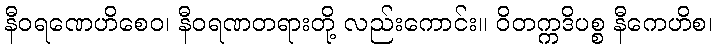
နီဝရဏေဟိစေဝ၊ နီဝရဏတရားတို့ လည်းကောင်း။ ဝိတက္ကဒိပစ္စ နီကေဟိစ၊